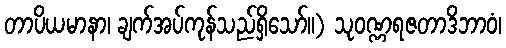
တာပိယမာနာ၊ ချက်အပ်ကုန်သည်ရှိသော်။) သုဝဏ္ဏရဇတာဒိဘာဝံ၊